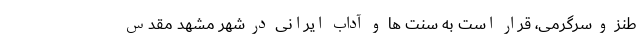
طنز و سرگرمی، قرار است به سنت‌ ها و آداب ایرانی در شهر مشهد مقدس